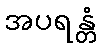
အပရန္တံ